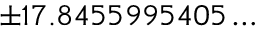
\pm 1 7 . 8 4 5 5 9 9 5 4 0 5 \ldots